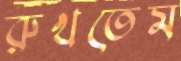
রুখতেম